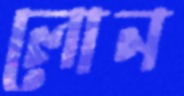
লোন